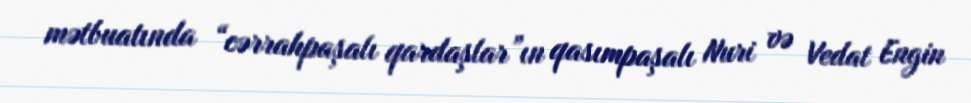
mətbuatında “cərrahpaşalı qardaşlar”ın qasımpaşalı Nuri və Vedat Engin